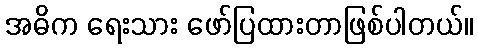
အဓိက ရေးသား ဖော်ပြထားတာဖြစ်ပါတယ်။